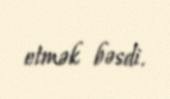
etmək bəsdi.